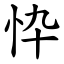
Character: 忰